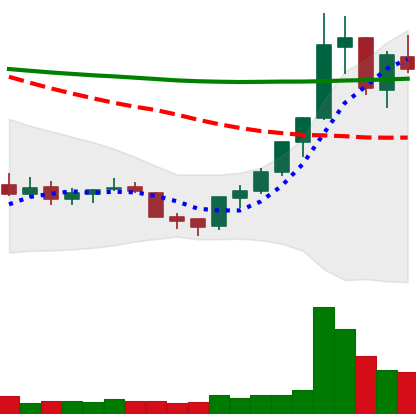
Ticker: XLM-USD
Chart end date: 2018-07-22
Forward return: 11.762%
Label: up_7plus